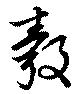
彀